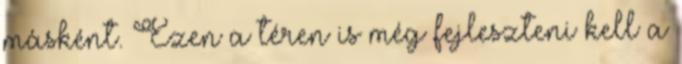
másként. Ezen a téren is még fejleszteni kell a